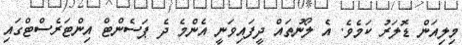
މިލިއަން ޑޮލަރު ކަމެވެ. އެ ލޯނުތައް ދީފައިވަނީ އެންމެ ދެ ޕަސެންޓް އިންޓަރެސްޓްގައި